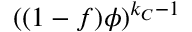
( ( 1 - f ) \phi ) ^ { k _ { C } - 1 }